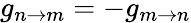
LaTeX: g_{n\rightarrow m}=-g_{m\rightarrow n}